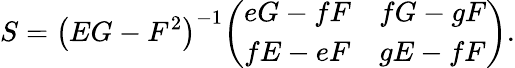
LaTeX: S=\left(EG-F^{2}\right)^{-1}{\left(\begin{array}{ll}{eG-fF}&{fG-gF}\\ {fE-eF}&{gE-fF}\end{array}\right)}.